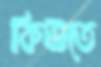
কিউতে